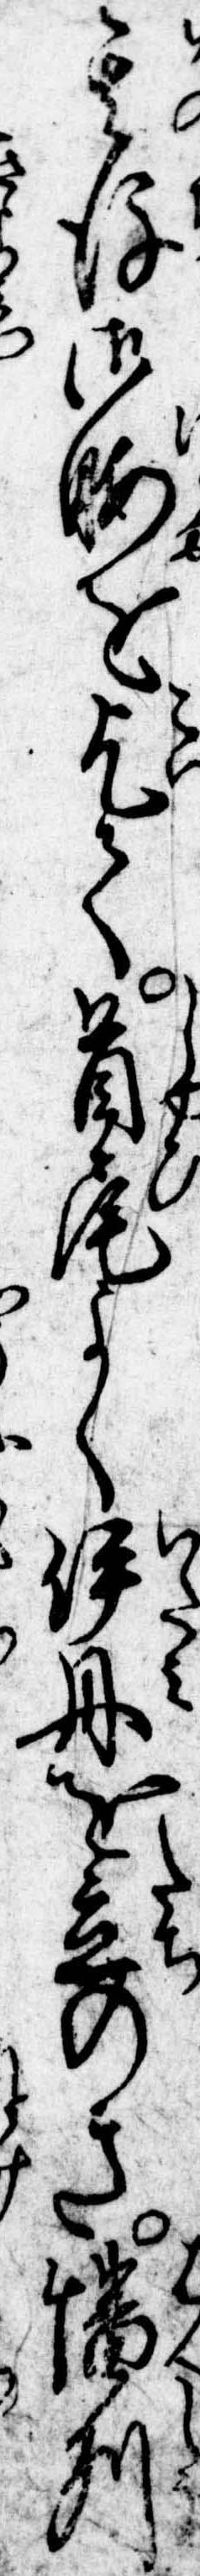
其後御暇を乞て首尾よく伊丹を立のき播州